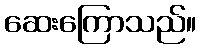
ဆေးကြောသည်။